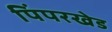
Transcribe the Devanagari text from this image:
पिंपरखेड